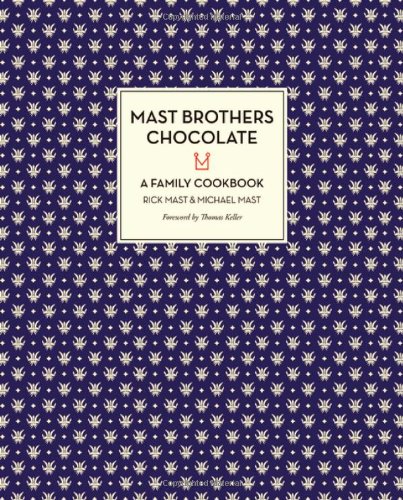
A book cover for Mast Brothers Chocolate: A Family Cookbook; Rick Mast; Cookbooks, Food & Wine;